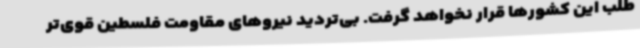
طلب این کشورها قرار نخواهد گرفت. بی‌تردید نیروهای مقاومت فلسطین قوی‌تر